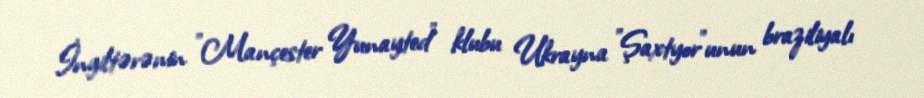
İngiltərənin "Mançester Yunayted" klubu Ukrayna "Şaxtyor"unun braziliyalı